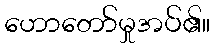
ဟောတော်မှုအပ်၏။